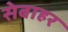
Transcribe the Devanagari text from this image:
सेबाहर